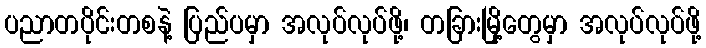
ပညာတပိုင်းတစနဲ့ ပြည်ပမှာ အလုပ်လုပ်ဖို့၊ တခြားမြို့တွေမှာ အလုပ်လုပ်ဖို့